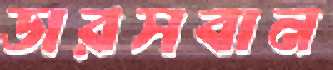
ডারসবান